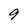
Character: 9